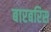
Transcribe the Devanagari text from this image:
बारबरिस